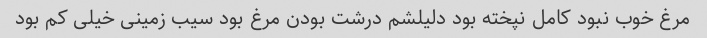
مرغ خوب نبود کامل نپخته بود دلیلشم درشت بودن مرغ بود سیب زمینی خیلی کم بود